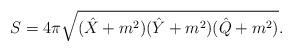
\begin{align*}S=4\pi\sqrt{(\hat{X}+m^2)(\hat{Y}+m^2)(\hat{Q}+m^{2})}.\end{align*}